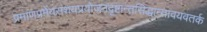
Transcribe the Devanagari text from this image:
प्रमाणप्रमेयसंशयप्रयोजनदृष्टान्तसिद्धान्तावयवतर्क